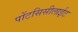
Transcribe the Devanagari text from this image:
पोंटसिसीलाईट